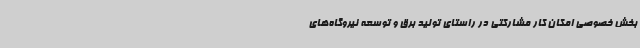
بخش خصوصی امکان کار مشارکتی در راستای تولید برق و توسعه نیروگاه‌های